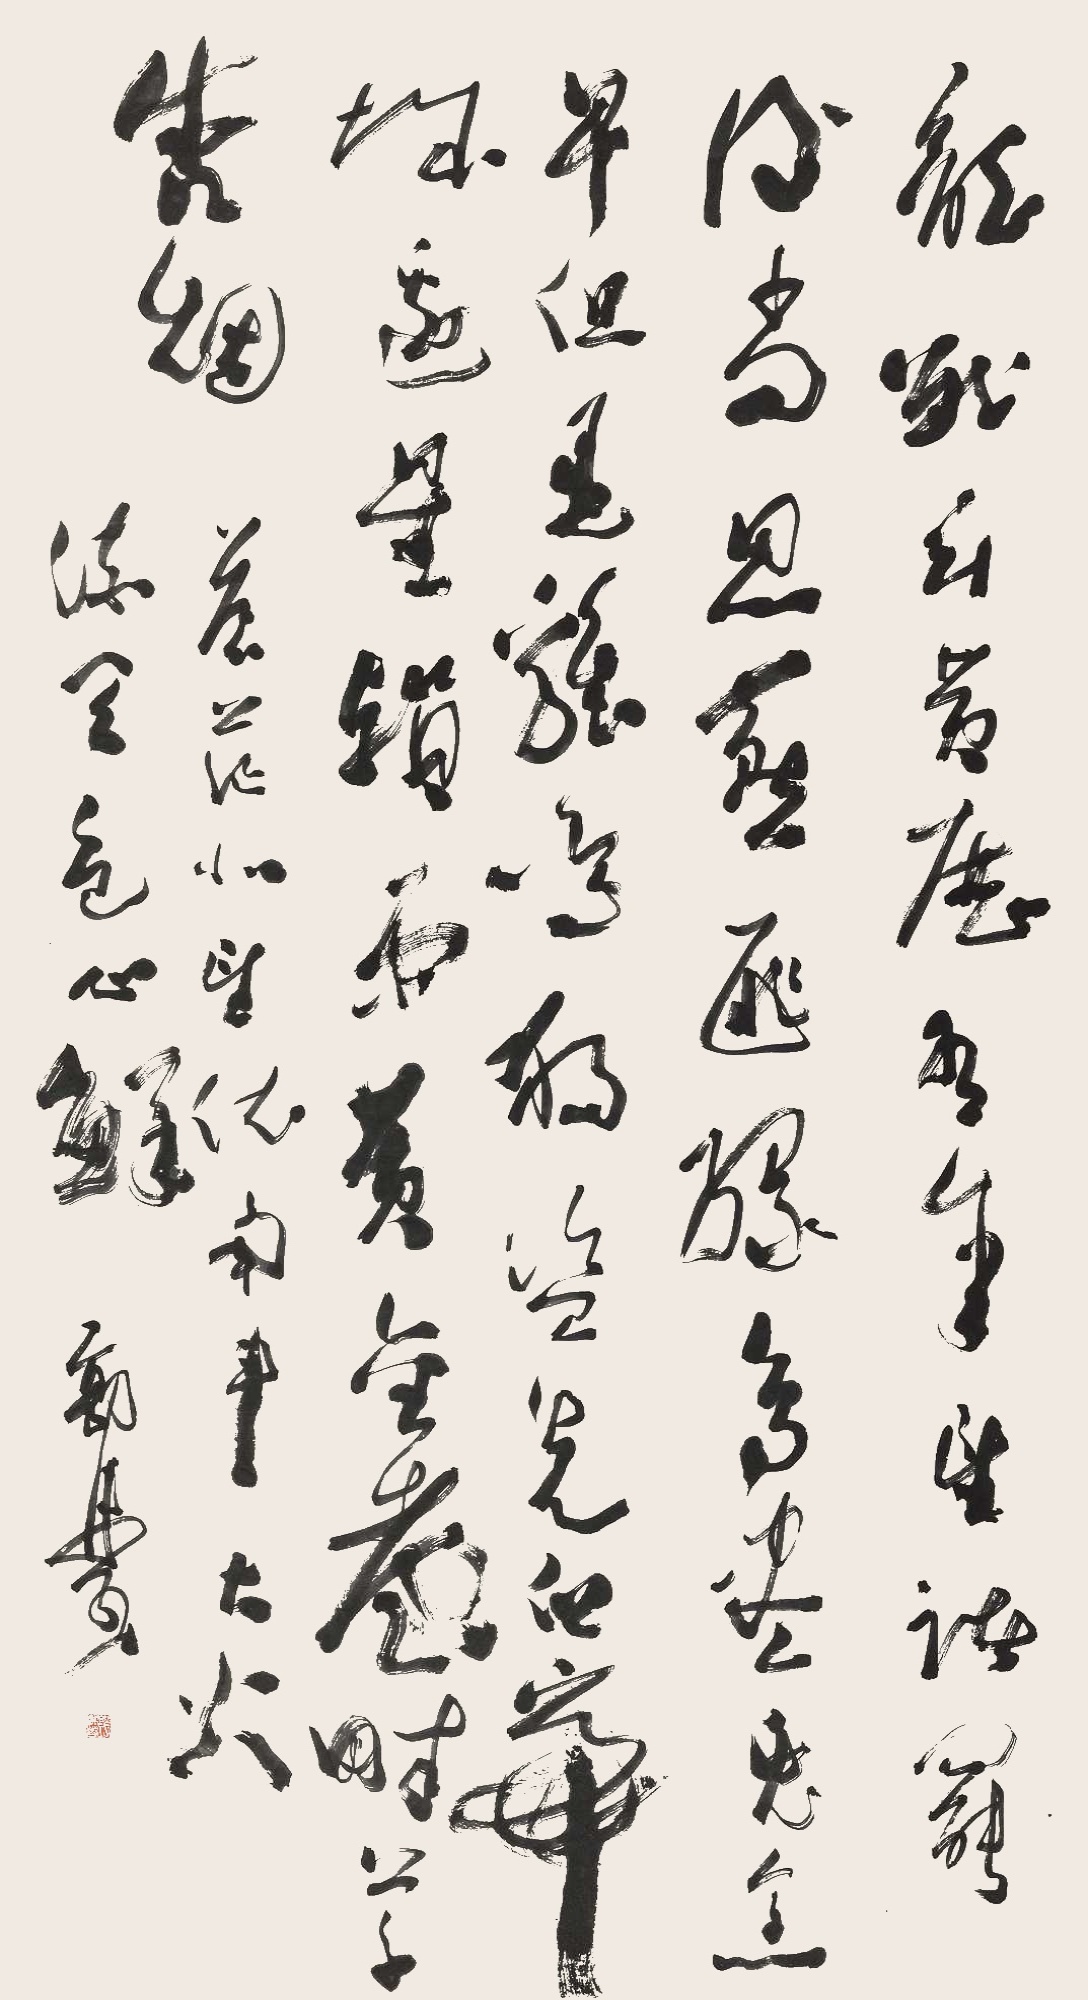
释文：龙战玄黄历有年，望诸罢后尚思燕。匪缘鸟尽免烹早，但见鸡鸣狗盗先。白帝城边星殒雨，黄金台畔草含烟。苍茫北望依南斗，大火流天色正鲜。郭沫若